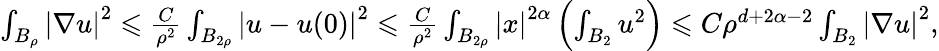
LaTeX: \begin{array}{r}{\int_{B_{\rho}}{\lvert\nabla u\rvert}^{2}\leqslant\frac{C}{\rho^{2}}\int_{B_{2\rho}}{\lvert u-u(0)\rvert}^{2}\leqslant\frac{C}{\rho^{2}}\int_{B_{2\rho}}{\lvert x\rvert}^{2\alpha}\left(\int_{B_{2}}u^{2}\right)\leqslant C\rho^{d+2\alpha-2}\int_{B_{2}}{\lvert\nabla u\rvert}^{2},}\end{array}